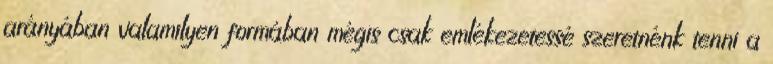
arányában valamilyen formában mégis csak emlékezetessé szeretnénk tenni a